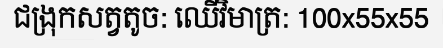
ជង្រុកសត្វតូច: ឈើវិមាត្រ: 100x55x55